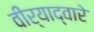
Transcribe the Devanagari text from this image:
वीर्याद्वारे